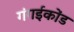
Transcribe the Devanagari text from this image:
गंगईकोंड